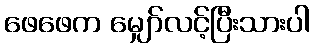
ဖေဖေက မျှော်လင့်ပြီးသားပါ